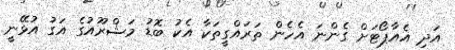
އަދި އެއާޕޯޓަށް ގެންނަ އެހެން ތަރައްގީތަކާ އެކު ބޮޑު މަޝްރޫއުގެ އަގު އުޅޭނީ